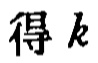
得 \(k\)